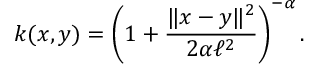
k ( x , y ) = \left( 1 + \frac { \| x - y \| ^ { 2 } } { 2 \alpha \ell ^ { 2 } } \right) ^ { - \alpha } .